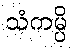
သံကမ္ပိ